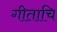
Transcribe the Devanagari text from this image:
गीताचि